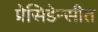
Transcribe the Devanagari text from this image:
प्रेसिडेन्सीत